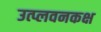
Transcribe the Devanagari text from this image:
उत्प्लवनकक्ष